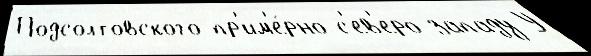
Подсолтовского пр'им'е́рно с'ев'еро-западу У